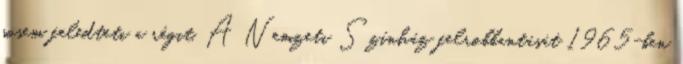
sosem feledteti a régit. A Nemzeti Színház felrobbantását 1965-ben